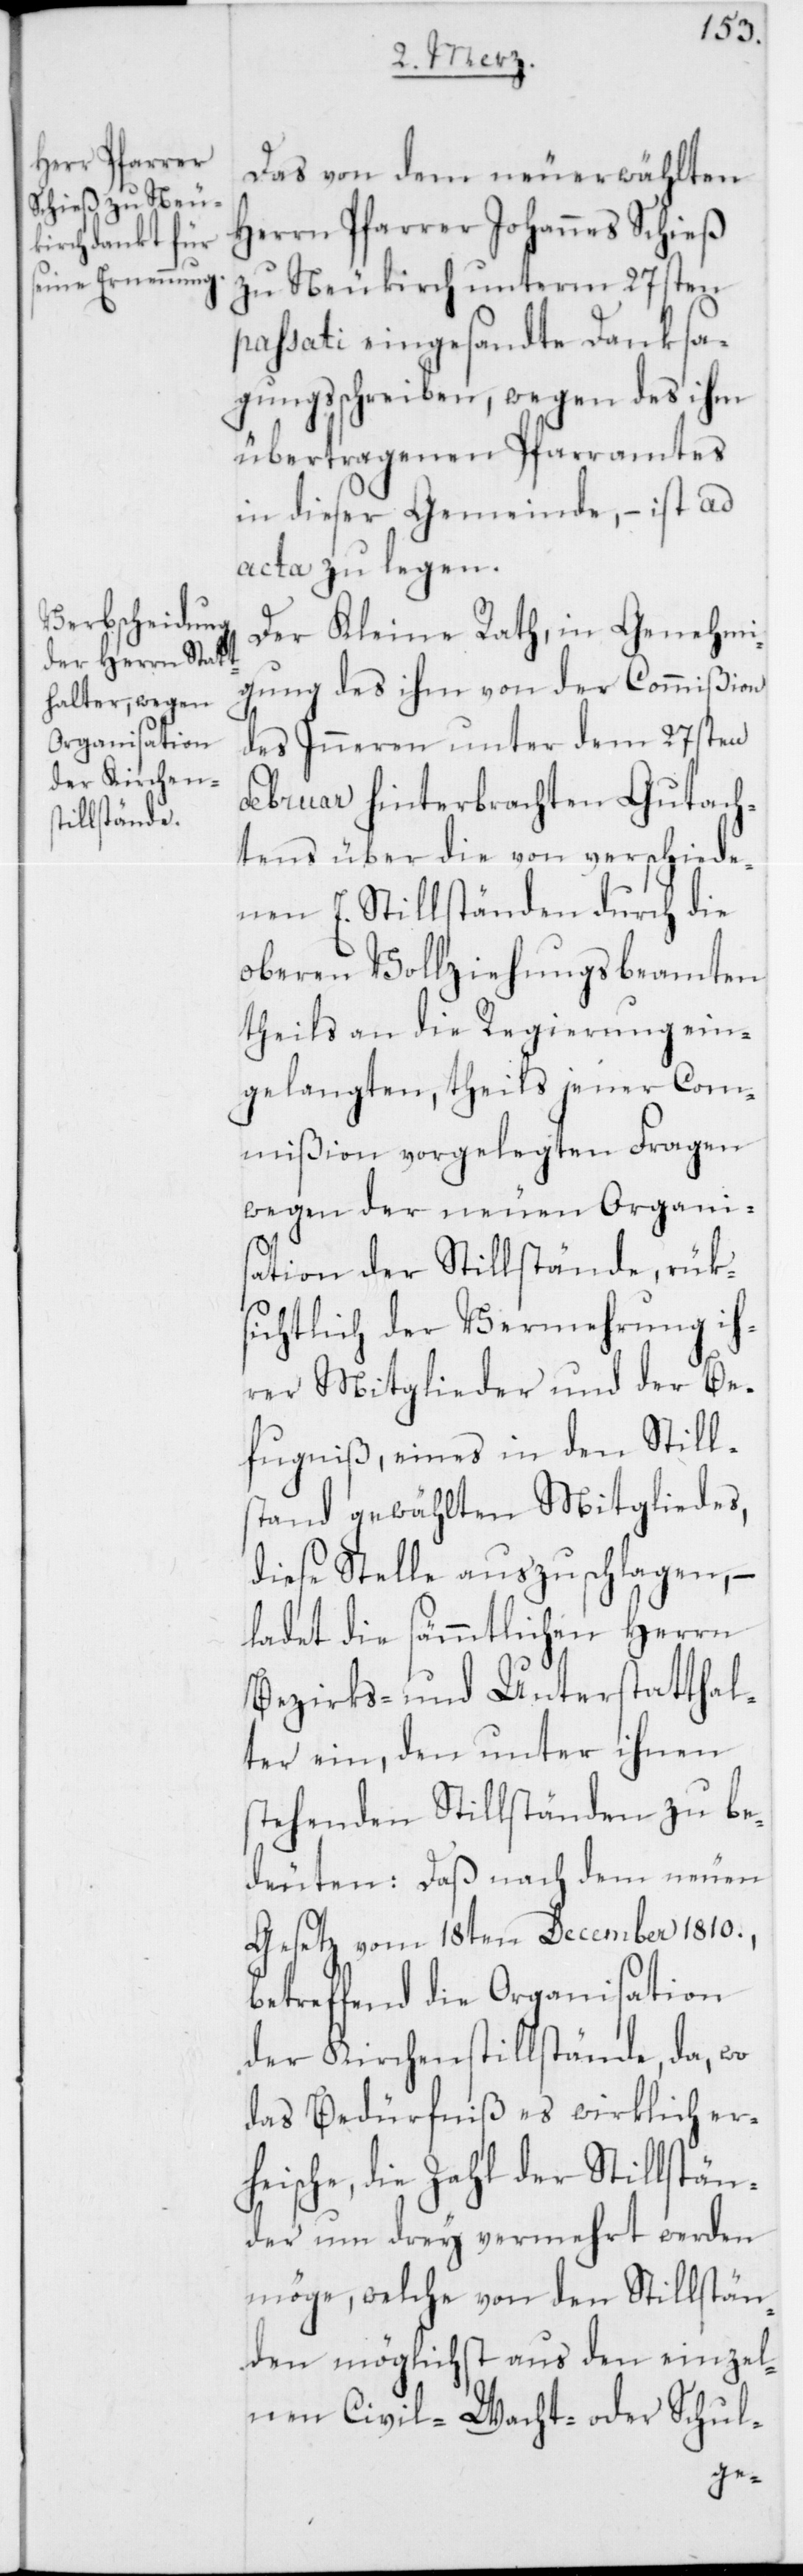
Das von dem neuerwählten
Herrn Pfarrer Johannes Schieß
zu Neukirch unterm 27sten
passati eingesandte Danksa¬
gungsschreiben, wegen des ihm
übertragenen Pfarramtes
in dieser Gemeinde, – ist ad
acta zu legen.
Der Kleine Rath, in Genehmi¬
gung des ihm von der Commißion
des Inneren unter dem 27sten
Februar hinterbrachten Gutach¬
tens über die von verschiede¬
nen E. Stillständen durch die
oberen Vollziehungsbeamten
theils an die Regierung ein¬
gelangten, theils jener Com¬
mißion vorgelegten Fragen
wegen der neuen Organi¬
sation der Stillstände, rük¬
sichtlich der Vermehrung ih¬
rer Mitglieder und der Be¬
fugniß, eines in den Stills¬
tand gewählten Mitgliedes,
diese Stelle auszuschlagen, –
ladet die sämmtlichen Herren
Bezirks- und Unterstatthal¬
ter ein, den unter ihnen
stehenden Stillständen zu be¬
deuten: Daß nach dem neuen
Gesetz vom 18ten December 1810.,
betreffend die Organisation
der Kirchenstillstände, da, wo
das Bedürfniß es wirklich er¬
heische, die Zahl der Stillstän¬
der um drey vermehrt werden
möge, welche von den Stillstän¬
den möglichst aus den einzel¬
nen Civil-[,] Wacht- oder Schul-